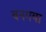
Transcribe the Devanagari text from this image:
बनगया